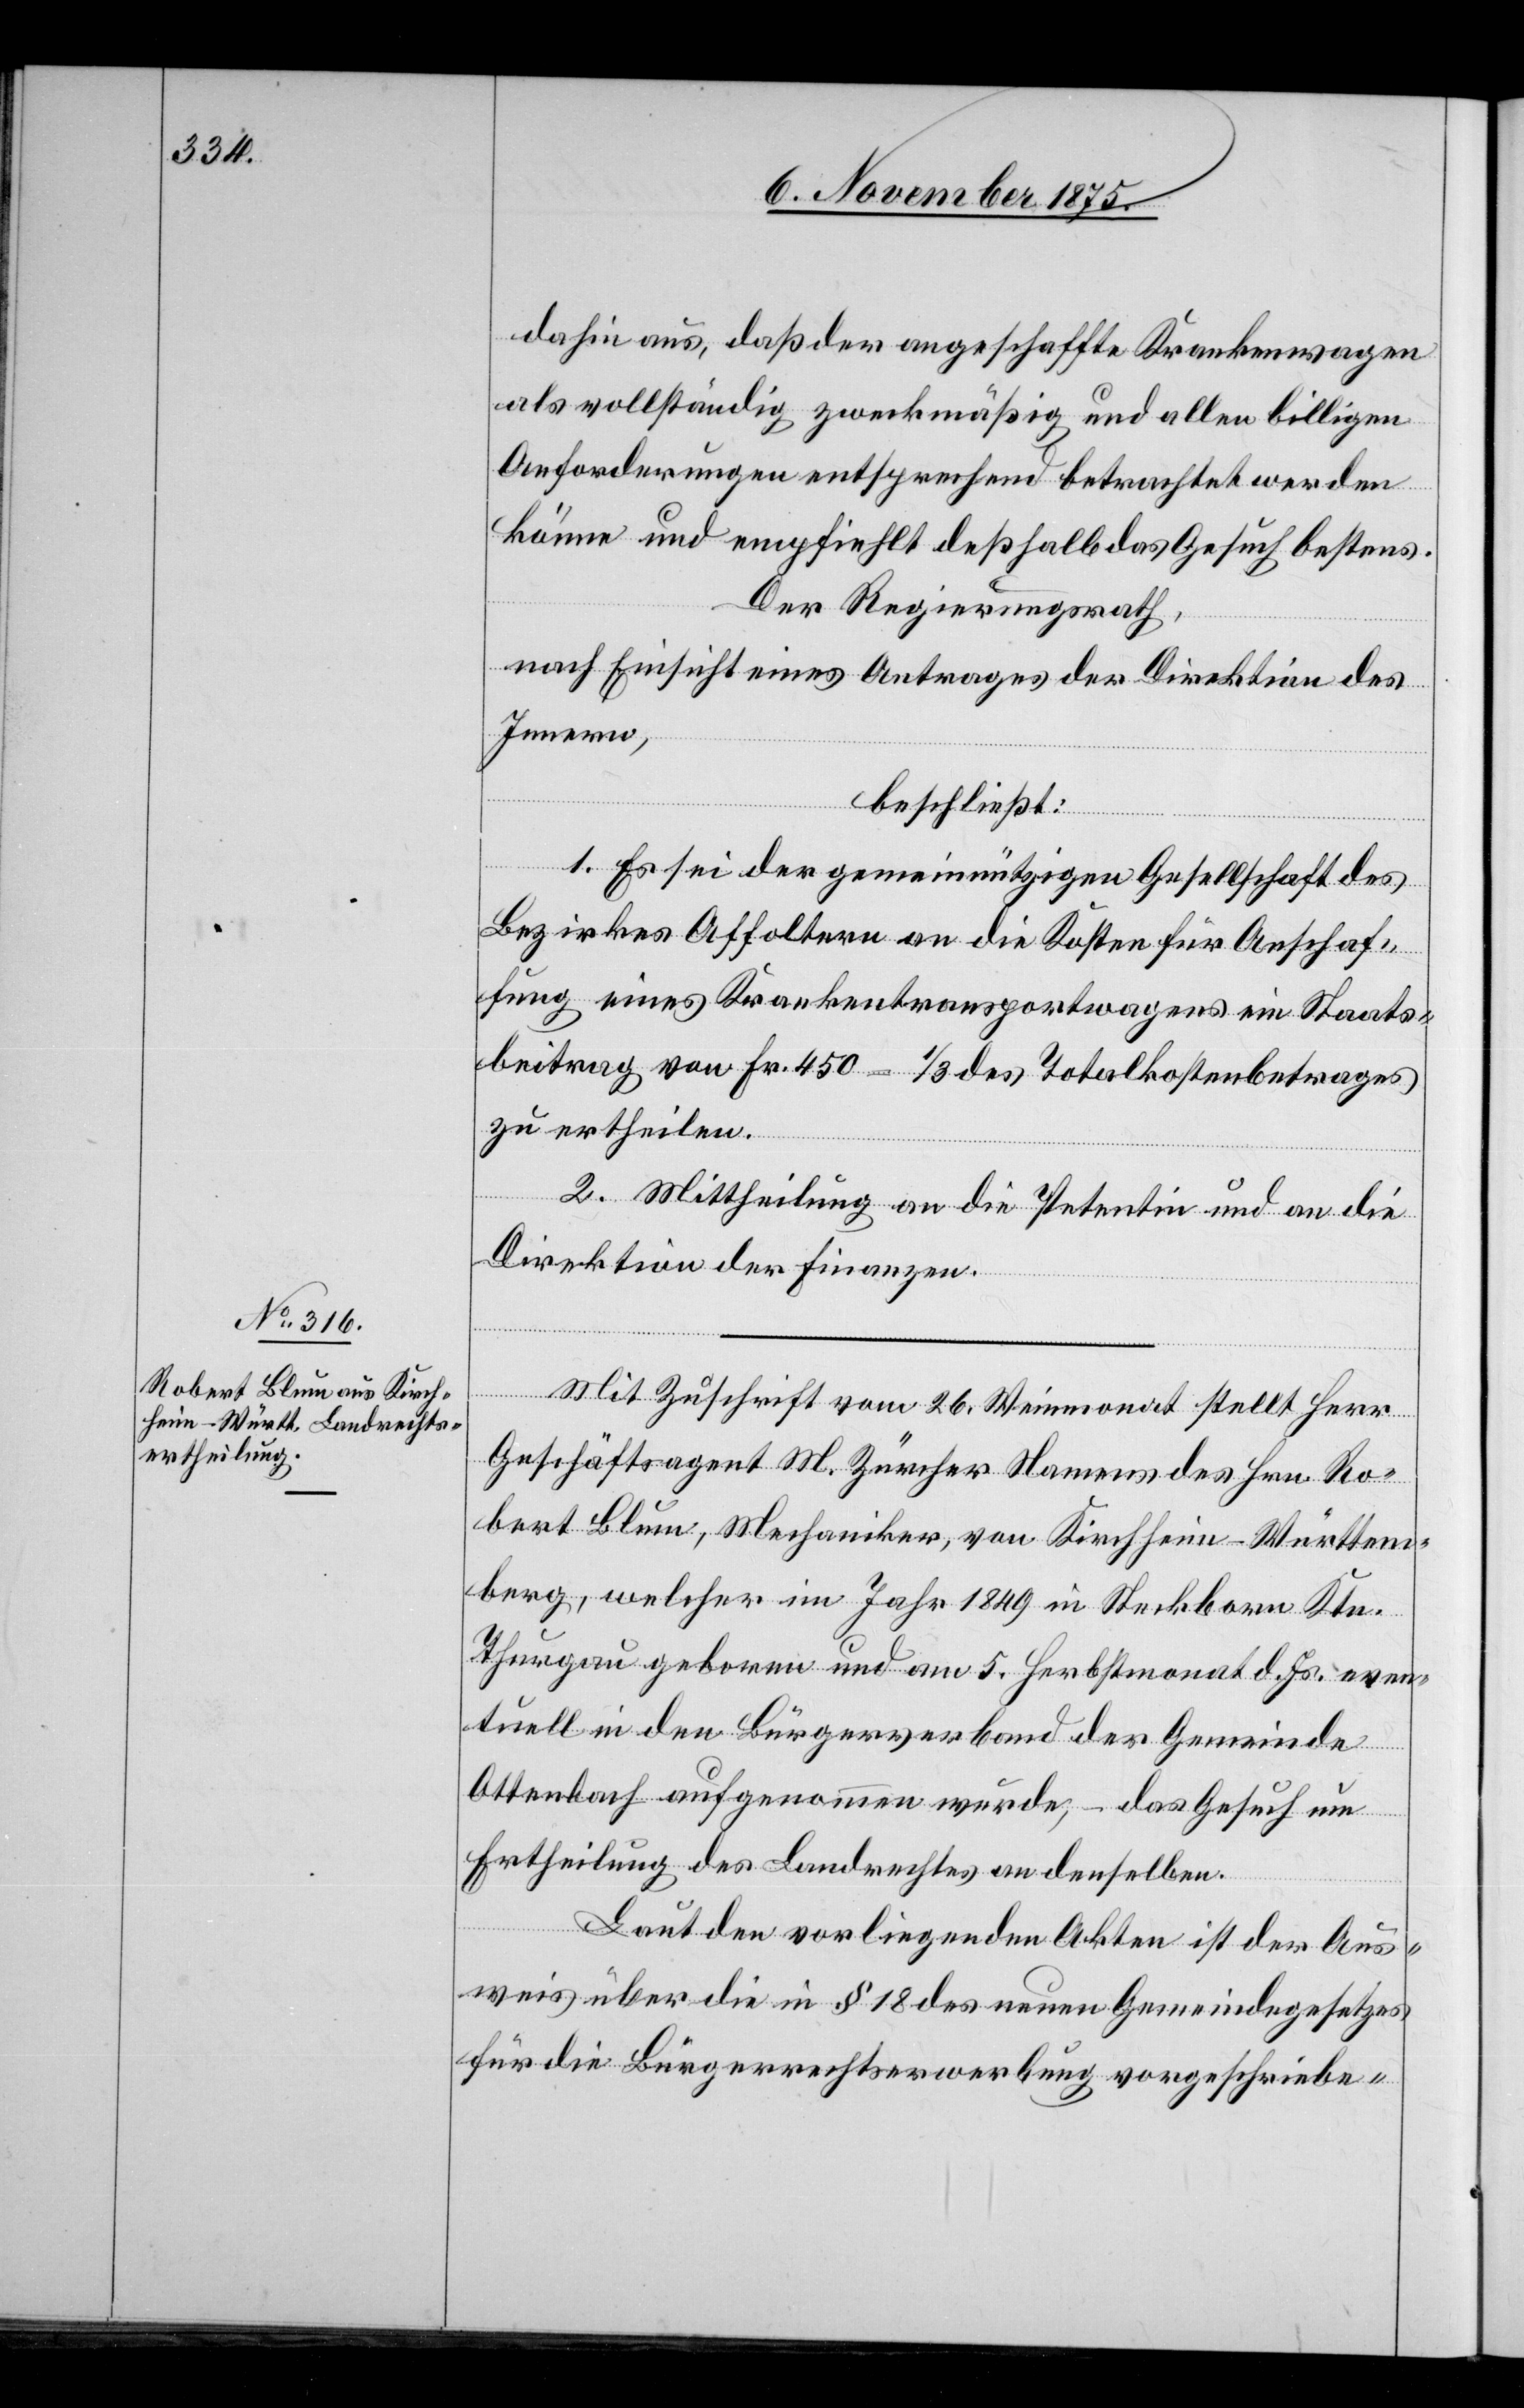
dahin aus, daß der angeschaffte Krankenwagen
als vollständig zweckmäßig und allen billigen
Anforderungen entsprechend betrachtet werden
könne und empfiehlt deßhalb das Gesuch bestens.
Der Regierungsrath,
nach Einsicht eines Antrages der Direktion des
Innern,
beschließt:
1. Es sei der gemeinnützigen Gesellschaft des
Bezirkes Affoltern an die Kosten für Anschaf¬
fung eines Krankentransportwagens ein Staats¬
beitrag von Fr. 450 – 1/3 des Totalkostenbetrages
zu ertheilen.
2. Mittheilung an die Petentin und an die
Direktion der Finanzen.
Mit Zuschrift vom 26. Weinmonat stellt Herr
Geschäftsagent M. Zürcher Namens des Hrn. Ro¬
bert Blum, Mechaniker, von Kirchheim - Württem¬
berg, welcher im Jahr 1849 in Steckborn Ktn.
Thurgau geboren und am 5. Herbstmonat d. Js. even¬
tuell in den Bürgerverband der Gemeinde
Ottenbach aufgenommen wurde, – das Gesuch um
Ertheilung des Landrechtes an denselben.
Laut den vorliegenden Akten ist der Aus¬
weis über die in § 18 des neuen Gemeindegesetzes
für die Bürgerrechtserwerbung vorgeschriebe-